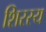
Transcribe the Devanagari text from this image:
शिरस्य